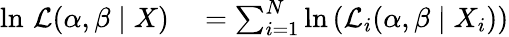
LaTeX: \begin{array}{rl}{\ln\, {\mathcal{L}}(\alpha,\beta\mid X)}&{{}=\sum_{i=1}^{N}\ln\left({\mathcal{L}}_{i}(\alpha,\beta\mid X_{i})\right)}\end{array}